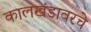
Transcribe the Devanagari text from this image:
कालखंडावरचे